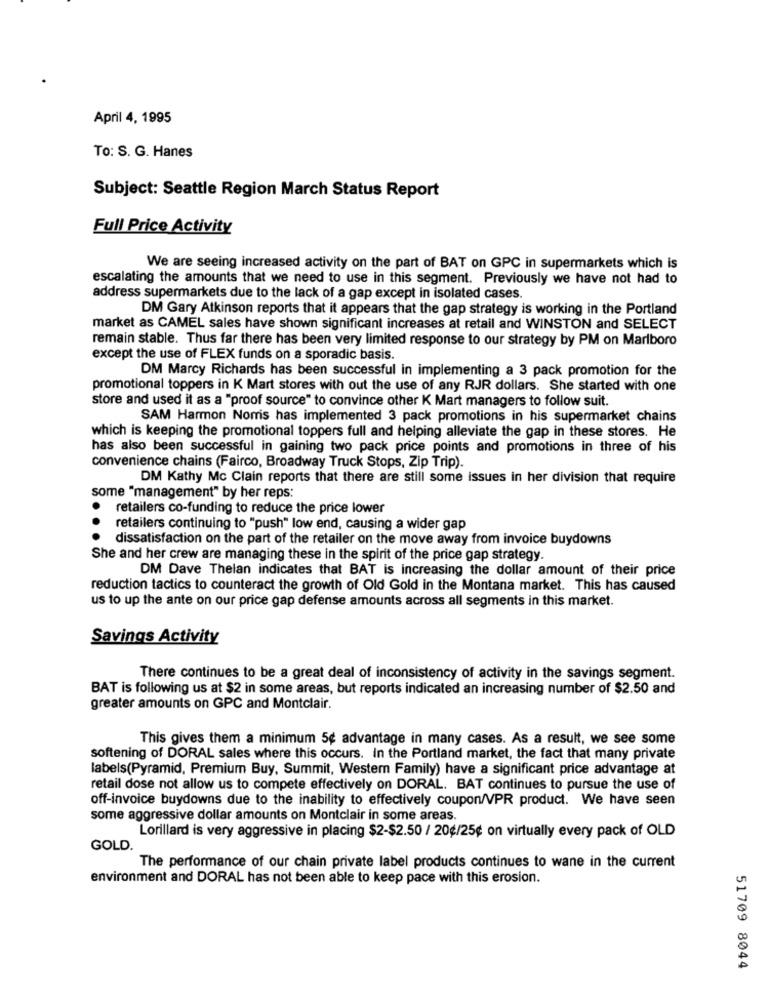
April 4, 1995
To: S. G. Hanes
Subject: Seattle Region March Status Report
Full Price Activity
We are seeing increased activity on the part of BAT on GPC in supermarkets which is
escalating the amounts that we need to use in this segment. Previously we have not had to
address supermarkets due to the lack of a gap except in isolated cases.
DM Gary Atkinson reports that it appears that the gap strategy is working in the Portland
market as CAMEL sales have shown significant increases at retail and WINSTON and SELECT
remain stable. Thus far there has been very limited response to our strategy by PM on Marlboro
except the use of FLEX funds on a sporadic basis.
DM Marcy Richards has been successful in implementing a 3 pack promotion for the
promotional toppers in K Mart stores with out the use of any RJR dollars. She started with one
store and used it as a "proof source" to convince other K Mart managers to follow suit.
SAM Harmon Noms has implemented 3 pack promotions in his supermarket chains
which is keeping the promotional toppers full and helping alleviate the gap in these stores. He
has also been successful in gaining two pack price points and promotions in three of his
convenience chains (Fairco, Broadway Truck Stops, Zip Trip).
DM Kathy Mc Clain reports that there are still some issues in her division that require
some "management" by her reps:
retailers co-funding to reduce the price lower
retailers continuing to "push" low end, causing a wider gap
dissatisfaction on the part of the retailer on the move away from invoice buydowns
She and her crew are managing these in the spirit of the price gap strategy.
DM Dave Thelan indicates that BAT is increasing the dollar amount of their price
reduction tactics to counteract the growth of Old Gold in the Montana market. This has caused
us to up the ante on our price gap defense amounts across all segments in this market.
Savings Activity
There continues to be a great deal of inconsistency of activity in the savings segment.
BAT is following us at $2 in some areas, but reports indicated an increasing number of $2.50 and
greater amounts on GPC and Montclair.
This gives them a minimum 5¢ advantage in many cases. As a result, we see some
softening of DORAL sales where this occurs. In the Portland market, the fact that many private
labels(Pyramid, Premium Buy, Summit, Western Family) have a significant price advantage at
retail dose not allow us to compete effectively on DORAL. BAT continues to pursue the use of
off-invoice buydowns due to the inability to effectively coupon/VPR product. We have seen
some aggressive dollar amounts on Montclair in some areas.
Lorillard is very aggressive in placing $2-$2.50 / 20¢/25¢ on virtually every pack of OLD
GOLD.
The performance of our chain private label products continues to wane in the current
environment and DORAL has not been able to keep pace with this erosion.
51709 8044